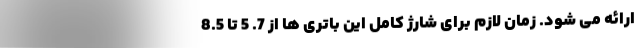
ارائه می شود. زمان لازم برای شارژ کامل این باتری ها از 7. 5 تا 8.5